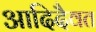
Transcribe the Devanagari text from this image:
आदिदैवत